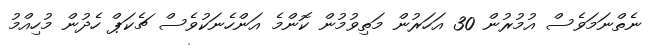
ނެތްނަމަވެސް އުމުރުން 30 އަހަރުން މަތިވުމުން ކޮންމެ އަންހެނަކުވެސް ޗެކަޕް ހެދުން މުހިއްމު